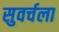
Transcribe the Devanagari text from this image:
सुवर्चला